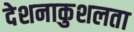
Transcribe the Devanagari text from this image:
देशनाकुशलता